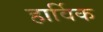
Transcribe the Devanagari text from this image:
हार्विक